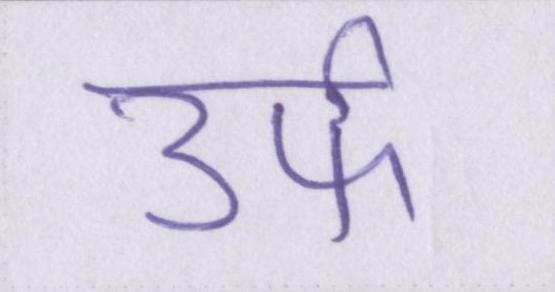
उर्फ